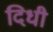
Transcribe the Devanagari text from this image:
दिधी